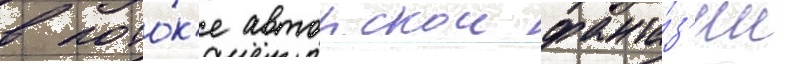
в пото́к'е авторскои фанта́з'ии